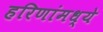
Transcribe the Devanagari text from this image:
हरिणांमध्ये